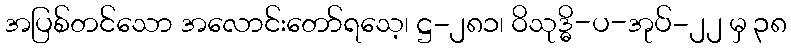
အပြစ်တင်သော အလောင်းတော်ရသေ့၊ ဋ္ဌ-၂၈၁၊ ဝိသုဒ္ဓိ-ပ-အုပ်-၂၂ မှ ၃၈